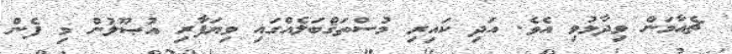
ޗެއާމަން ވިދާޅުވި އެވެ. އަދި ކައިރި މުސްތަޤްބަލެއްގައި ވިޔަފާރި އުޞޫލުން މި ފެން